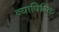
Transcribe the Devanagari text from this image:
व्यापिरिक